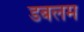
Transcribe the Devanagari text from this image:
डबलम